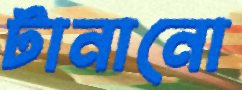
টানানো